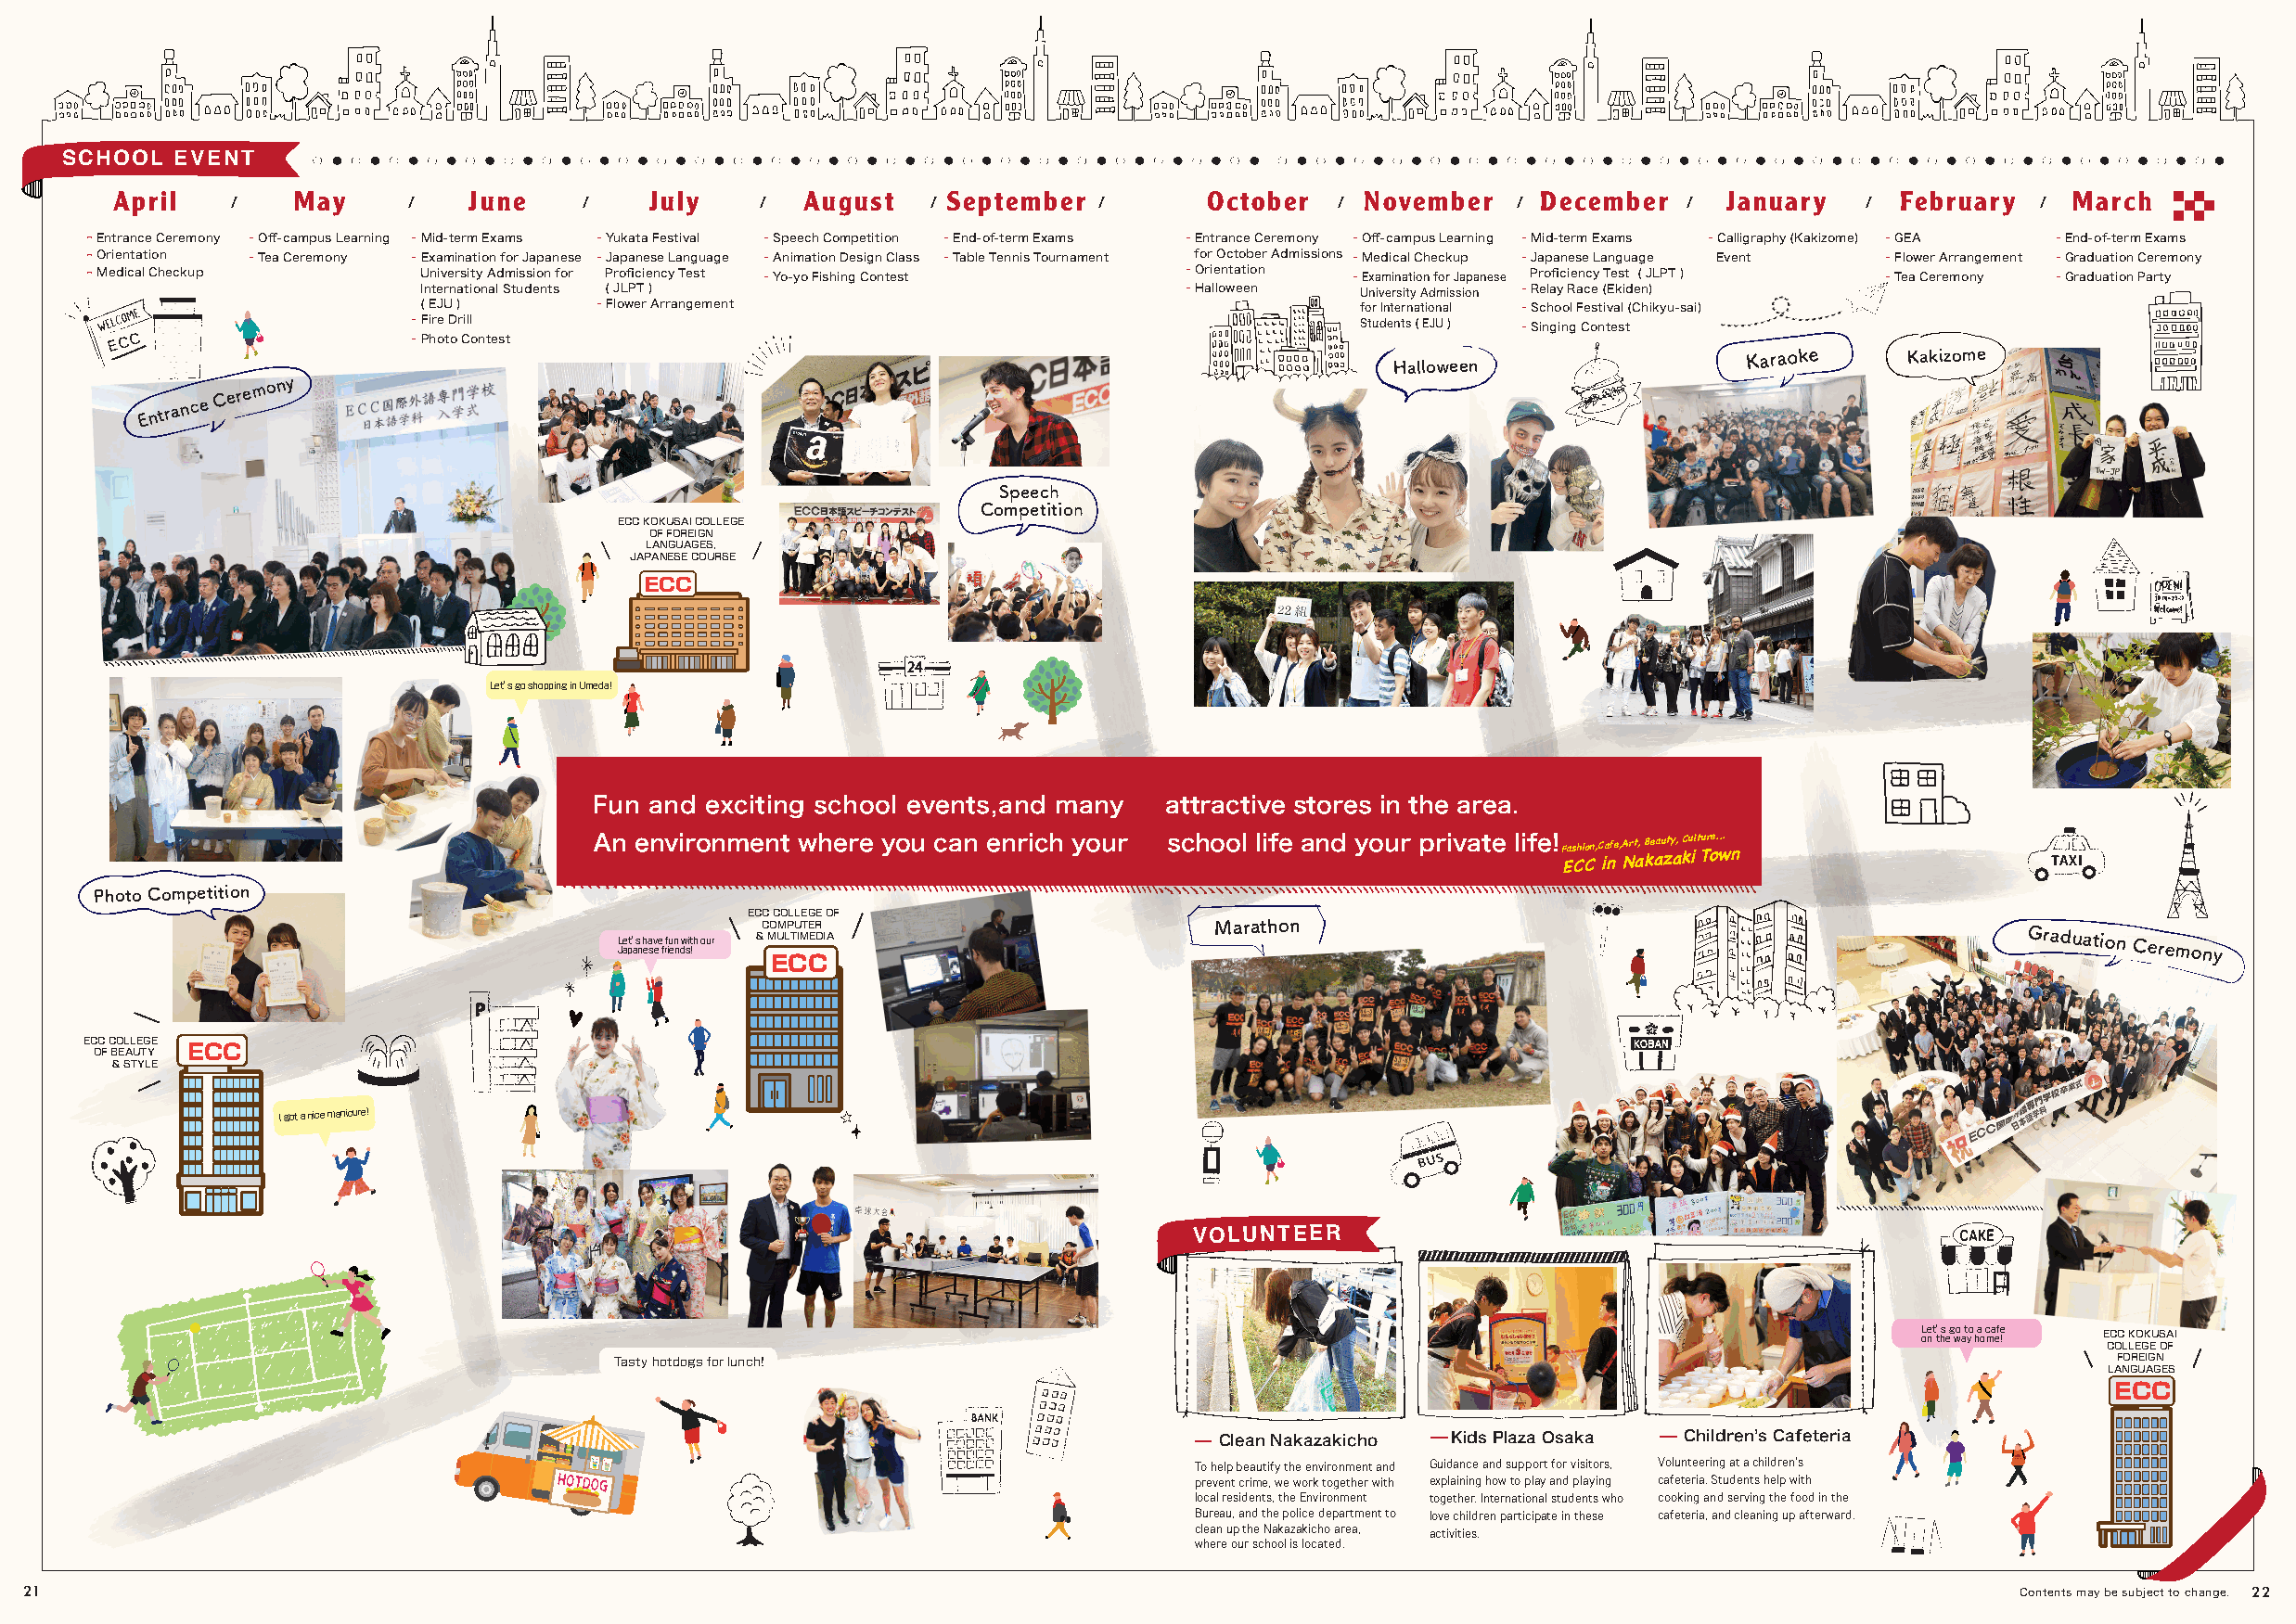
SCHOOL  EVENT
 April   /    May     /   June    /    July    /  August   / September /       October  / November   / December  /  January   / February  /  March
 - Entrance Ceremony - Off-campus Learning - Mid-term Exams - Yukata Festival - Speech Competition - End-of-term Exams - Entrance Ceremony - Off-campus Learning - Mid-term Exams - Calligraphy (Kakizome) - GEA - End-of-term Exams
 - Orientation - Tea Ceremony - Examination for Japanese - Japanese Language - Animation Design Class - Table Tennis Tournament for October Admissions - Medical Checkup - Japanese Language Event - Flower Arrangement - Graduation Ceremony
 - Medical Checkup       University Admission for Proficiency Test - Yo-yo Fishing Contest - Orientation - Examination for Japanese Proficiency Test ( JLPT ) - Tea Ceremony - Graduation Party
 International Students ( JLPT )                       - Halloween  University Admission - Relay Race (Ekiden)
 ( EJU )     - Flower Arrangement                                   for International - School Festival (Chikyu-sai)
 ECC                   -
 -
 F Pi hr oe tD
 o
 r Cill
 ontest
 Students ( EJU ) - Singing Contest
 Halloween
 Karaoke     Kakizome
 Entrance
 Ceremony
 Speech
 Competition
 ECC KOKUSAI COLLEGE
 OF FOREIGN
 LANGUAGES,
 JAPANESE COURSE
 ECC
 Let’s go shopping in Umeda!
 Fun and exciting school events,and many  attractive stores in the area.
 An environment where you can enrich your school life and your private life!
 Photo Competition
 ECC COLLEGE OF
 COMPUTER                        Marathon
 L Jae pt’ as
 n
 h ea sv ee
 f
 rf iu en
 n
 dw sit !h our & M EUL CTIM CEDIA                                                                Graduation Ceremony
 ECC COLLEGE ECC
 OF BEAUTY
 & STYLE
 I got a nice manicure!
 VOLUNTEER
 L one t t’ hs e g wo a t yo ha o c ma ef !e ECC KOKUSAI
 COLLEGE OF
 Tasty hotdogs for lunch!                                                                                    FOREIGN
 LANGUAGES
 ECC
 Clean Nakazakicho Kids Plaza Osaka Childrenʼs Cafeteria
 To help beautify the environment and Guidance and support for visitors, Volunteering at a childrenʼs
 prevent crime, we work together with explaining how to play and playing cafeteria. Students help with
 local residents, the Environment together. International students who cooking and serving the food in the
 Bureau, and the police department to love children participate in these cafeteria, and cleaning up afterward.
 clean up the Nakazakicho area, activities.
 where our school is located.
 21                                                                                                                                             Contents may be subject to change. 22
 A,efaC,noihsaF
 N ni CCE
 B ,tr
 ka
 C ,ytuae
 kaza
 ...erutlu
 woTi n